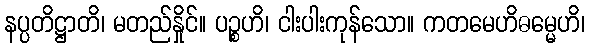
နပ္ပတိဋ္ဌာတိ၊ မတည်နှိုင်။ ပဉ္စဟိ၊ ငါးပါးကုန်သော။ ကတမေဟိဓမ္မေဟိ၊